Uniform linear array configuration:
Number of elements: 24
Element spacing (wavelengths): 0.75
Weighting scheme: blackman
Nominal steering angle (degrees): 15
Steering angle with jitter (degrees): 16.371
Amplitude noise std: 0.05
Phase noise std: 0.05

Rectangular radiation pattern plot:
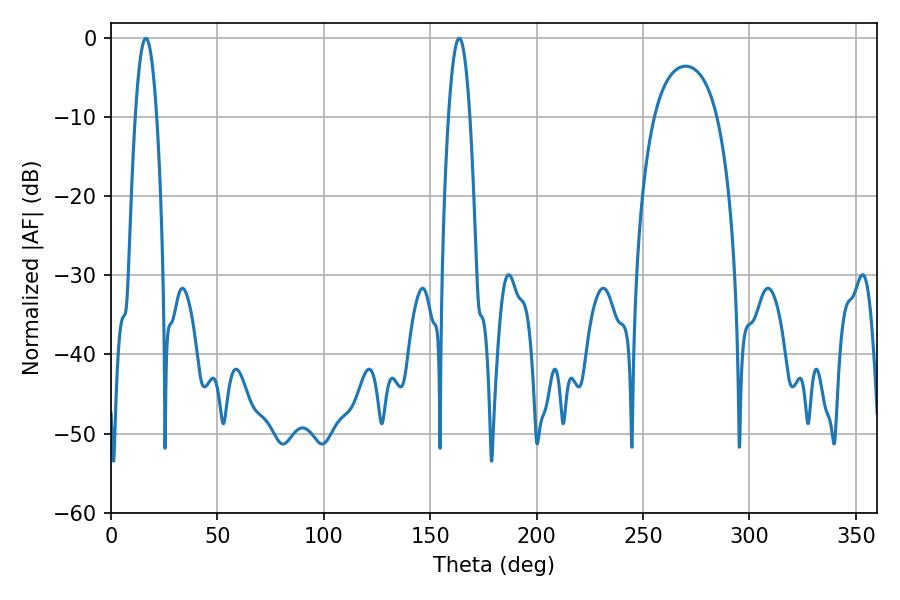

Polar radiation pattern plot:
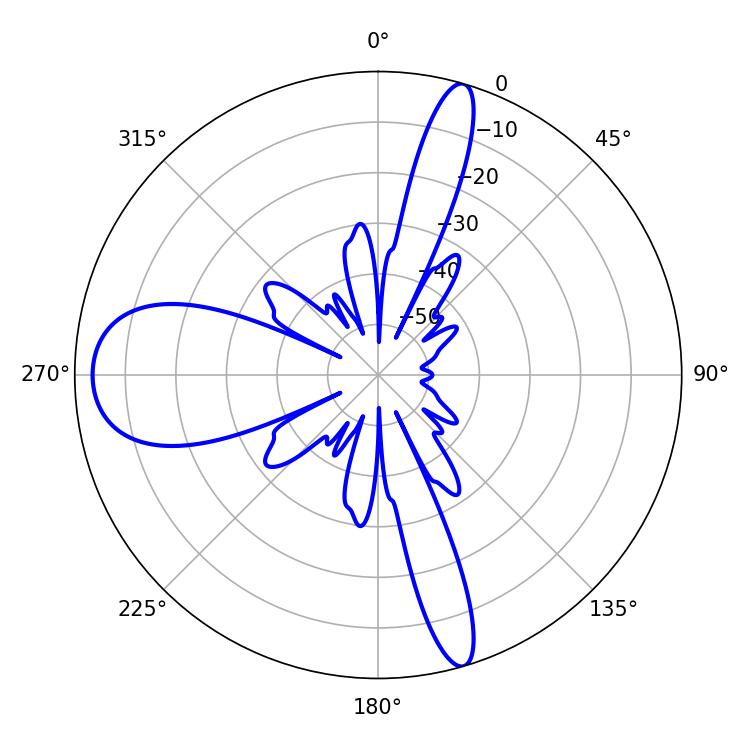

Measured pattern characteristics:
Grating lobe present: TRUE
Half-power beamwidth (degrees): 5.4
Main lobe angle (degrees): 16.38